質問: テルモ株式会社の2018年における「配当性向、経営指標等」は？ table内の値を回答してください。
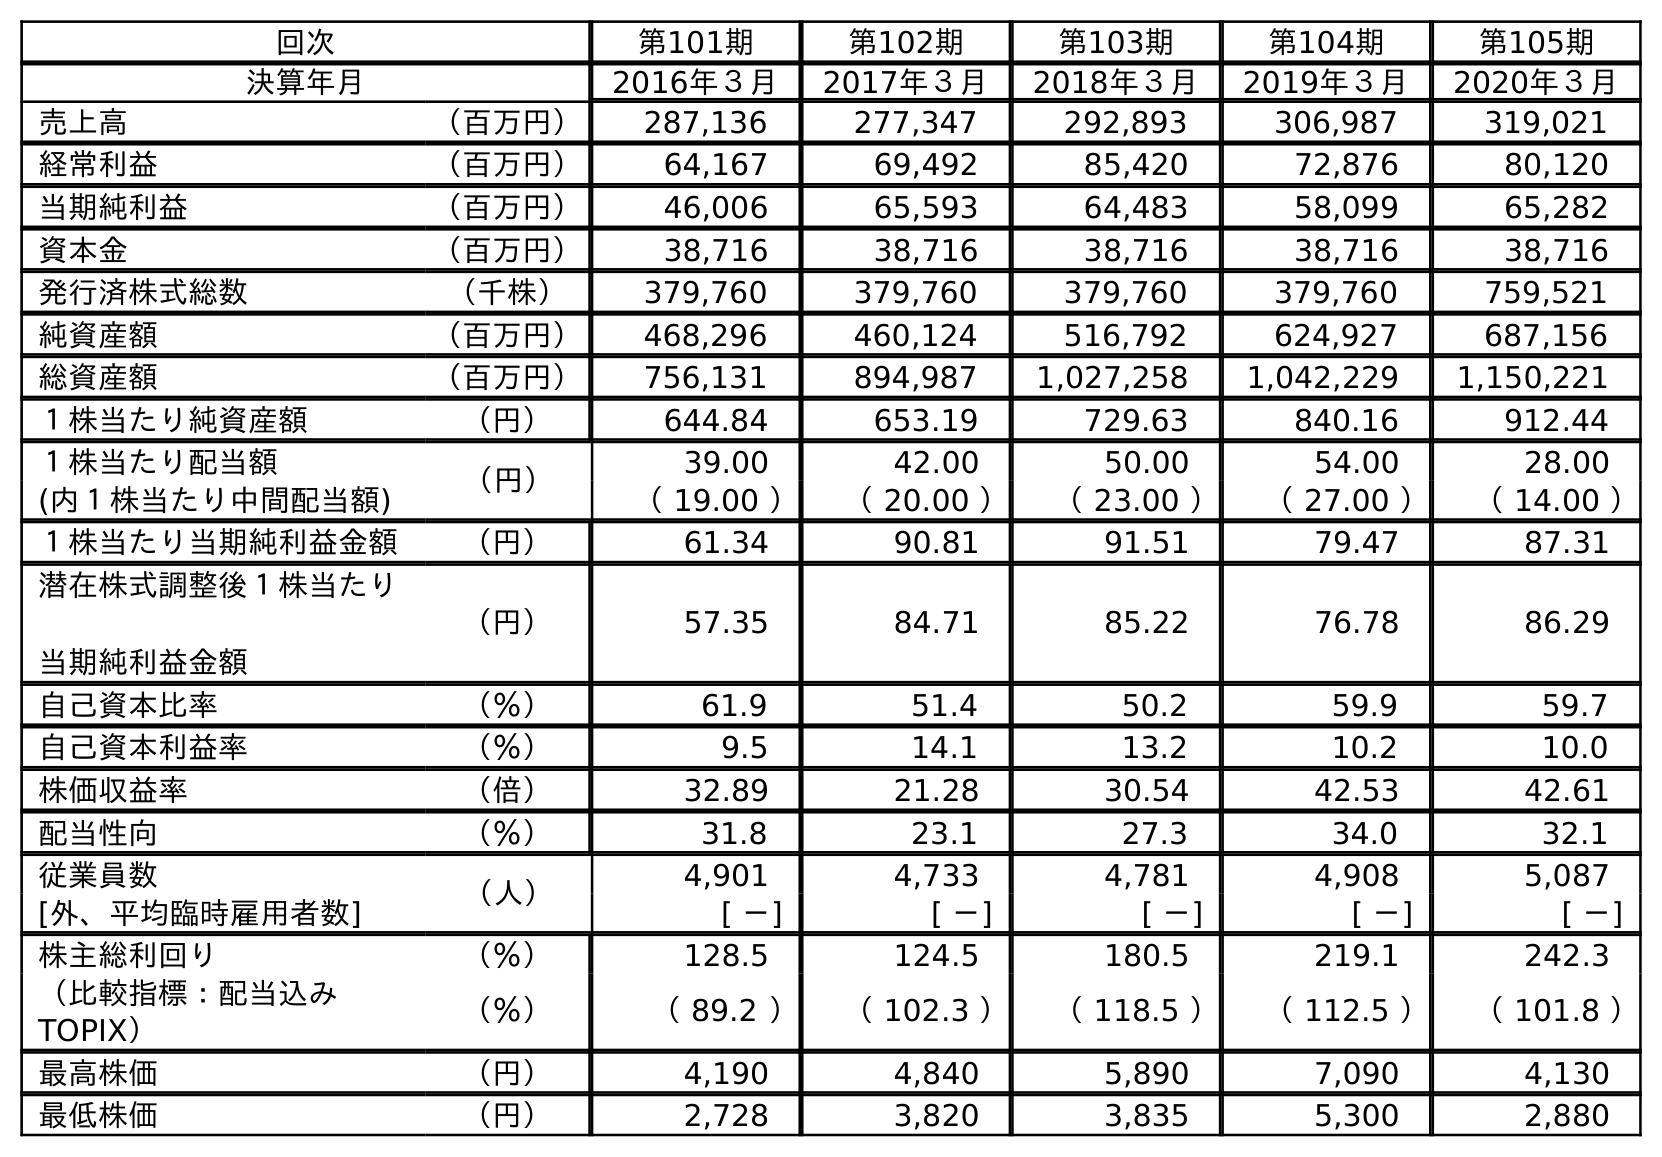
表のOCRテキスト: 回次 第101期 第102期 第103期 第104期 第105期 決算年月 2016年３月 2017年３月 2018年３月 2019年３月 2020年３月 売上高 （百万円） 287,136 277,347 292,893 306,987 319,021 経常利益 （百万円） 64,167 69,492 85,420 72,876 80,120 当期純利益 （百万円） 46,006 65,593 64,483 58,099 65,282 資本金 （百万円） 38,716 38,716 38,716 38,716 38,716 発行済株式総数 （千株） 379,760 379,760 379,760 379,760 759,521 純資産額 （百万円） 468,296 460,124 516,792 624,927 687,156 総資産額 （百万円） 756,131 894,987 1,027,258 1,042,229 1,150,221 １株当たり純資産額 （円） 644.84 653.19 729.63 840.16 912.44 １株当たり配当額 （円） 39.00 42.00 50.00 54.00 28.00 (内１株当たり中間配当額) （ 19.00 ） （ 20.00 ） （ 23.00 ） （ 27.00 ） （ 14.00 ） １株当たり当期純利益金額 （円） 61.34 90.81 91.51 79.47 87.31 潜在株式調整後１株当たり 当期純利益金額 （円） 57.35 84.71 85.22 76.78 86.29 自己資本比率 （％） 61.9 51.4 50.2 59.9 59.7 自己資本利益率 （％） 9.5 14.1 13.2 10.2 10.0 株価収益率 （倍） 32.89 21.28 30.54 42.53 42.61 配当性向 （％） 31.8 23.1 27.3 34.0 32.1 従業員数 （人） 4,901 4,733 4,781 4,908 5,087 [外、平均臨時雇用者数] [ －] [ －] [ －] [ －] [ －] 株主総利回り （％） 128.5 124.5 180.5 219.1 242.3 （比較指標：配当込み TOPIX） （％） （ 89.2 ） （ 102.3 ） （ 118.5 ） （ 112.5 ） （ 101.8 ） 最高株価 （円） 4,190 4,840 5,890 7,090 4,130 最低株価 （円） 2,728 3,820 3,835 5,300 2,880
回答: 27.3